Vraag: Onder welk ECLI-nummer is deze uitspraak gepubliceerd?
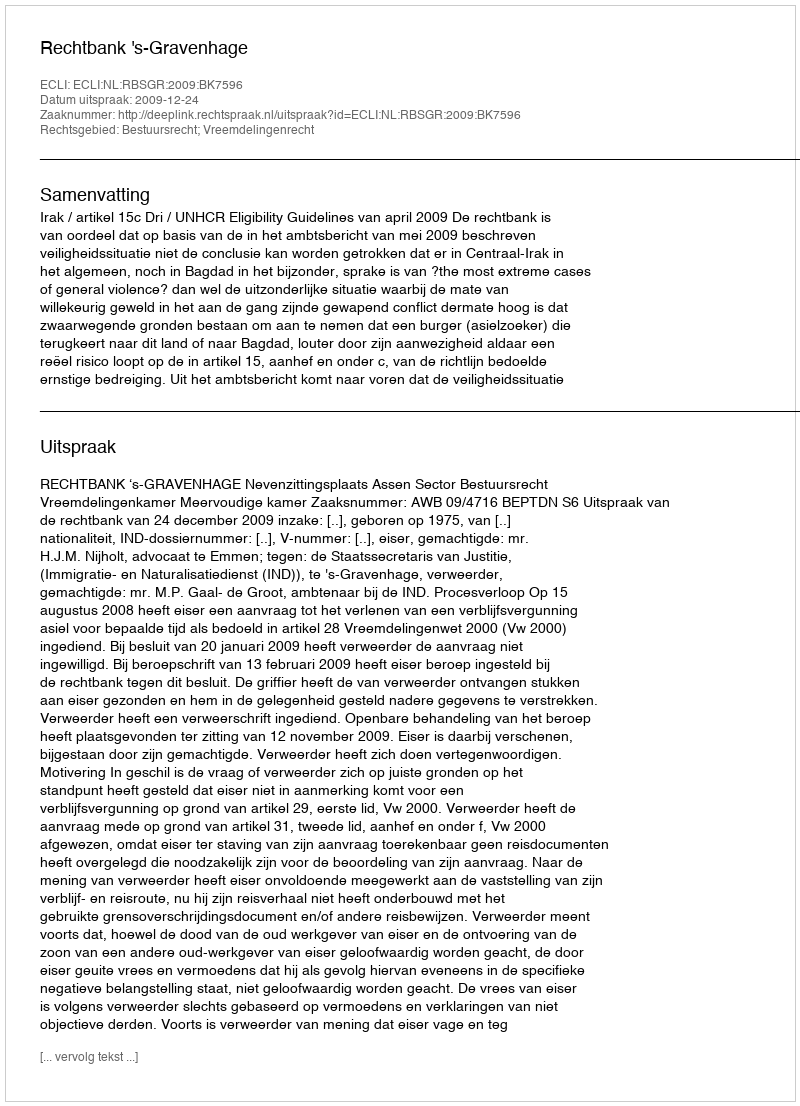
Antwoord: ECLI:NL:RBSGR:2009:BK7596